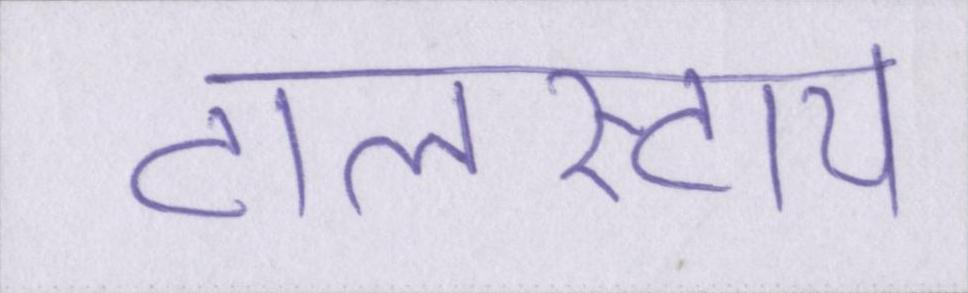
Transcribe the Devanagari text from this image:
टालस्टाय